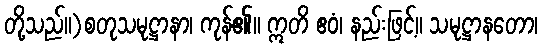
တို့သည်။)စတုသမုဋ္ဌာနာ၊ ကုန်၏။ ဣတိ ဧဝံ၊ နည်းဖြင့်။ သမုဋ္ဌာနတော၊